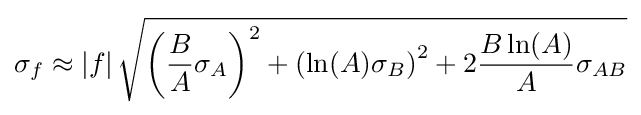
\sigma _{f}\approx \left|f\right|{\sqrt {\left({\frac {B}{A}}\sigma _{A}\right)^{2}+\left(\ln(A)\sigma _{B}\right)^{2}+2{\frac {B\ln(A)}{A}}\sigma _{AB}}}